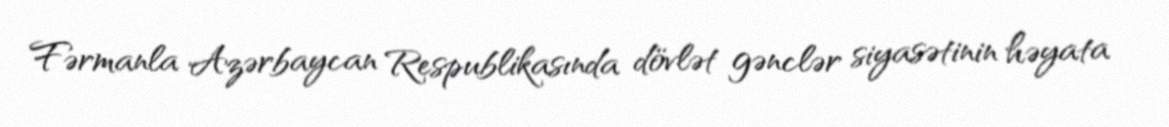
Fərmanla Azərbaycan Respublikasında dövlət gənclər siyasətinin həyata